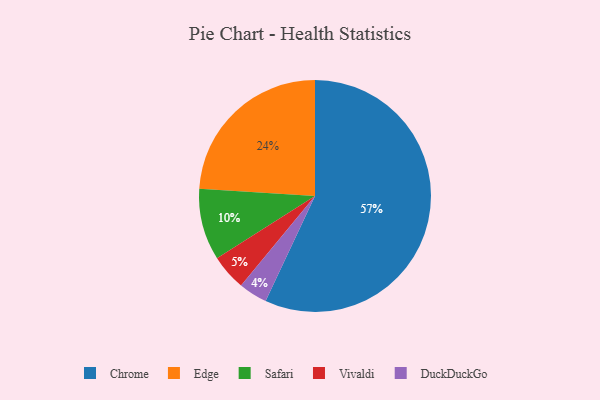
{"axis": {"x": "Category", "y": "Percentage"}, "legend": ["Chrome", "DuckDuckGo", "Edge", "Safari", "Vivaldi"], "data": [{"x": "DuckDuckGo", "y": 4, "type": "DuckDuckGo"}, {"x": "Safari", "y": 10, "type": "Safari"}, {"x": "Vivaldi", "y": 5, "type": "Vivaldi"}, {"x": "Edge", "y": 24, "type": "Edge"}, {"x": "Chrome", "y": 57, "type": "Chrome"}]}